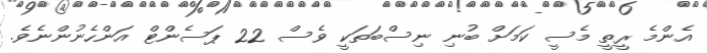
އެންމެ ރީތީ މެސީ ކަމަށް ބުނި ނިސްބަތަކީ ވެސް 22 ޕަސެންޓް އަންހެނުންނެވެ.